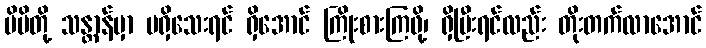
မိမိတို့ သန္တာန်မှာ မရှိသေးရင် ရှိအောင် ကြိုးစားကြဖို့၊ ရှိပြီးရင်လည်း တိုးတက်လာအောင်